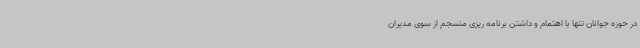
در حوزه جوانان تنها با اهتمام و داشتن برنامه ریزی منسجم از سوی مدیران